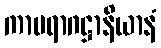
ကာမရာဂဋ္ဌာနိယာနံ